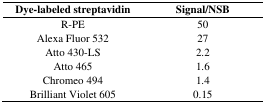
| Dye-labeled streptavidin | Signal/NSB |
 | --- | --- |
 | R-PE | 50 |
 | Alexa Fluor 532 | 27 |
 | Atto 430-LS | 2.2 |
 | Atto 465 | 1.6 |
 | Chromeo 494 | 1.4 |
 | Brilliant Violet 605 | 0.15 |